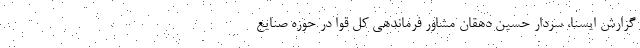
گزارش ایسنا، سردار حسین دهقان مشاور فرماندهی کل قوا در حوزه صنایع